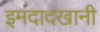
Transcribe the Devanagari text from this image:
इमदादखानी